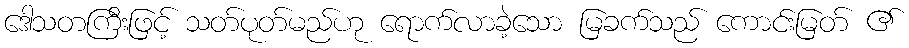
ဒေါသတကြီးဖြင့် သတ်ပုတ်မည်ဟု ရောက်လာခဲ့သော မြခက်သည် ကောင်းမြတ် ၏